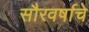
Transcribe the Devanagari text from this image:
सौरवर्षाचे